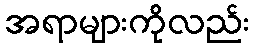
အရာများကိုလည်း